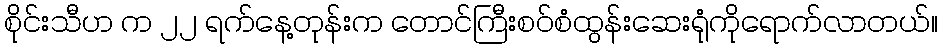
စိုင်းသီဟ က ၂၂ ရက်နေ့တုန်းက တောင်ကြီးစဝ်စံထွန်းဆေးရုံကိုရောက်လာတယ်။